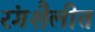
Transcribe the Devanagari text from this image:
रंगशैलीत